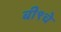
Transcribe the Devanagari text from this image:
बी९चे